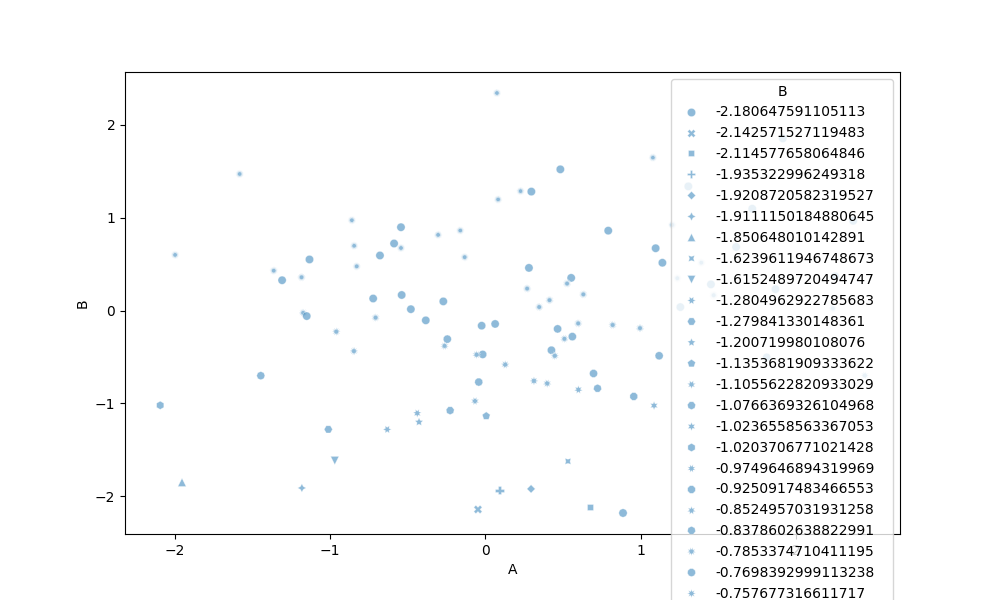
python, seaborn, scatterplot, hue='None', style='B', size='None', palette='deep', alpha=0.5